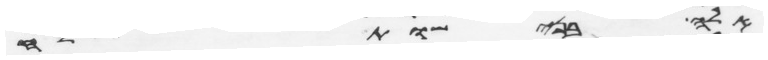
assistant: אלה בני שותלח